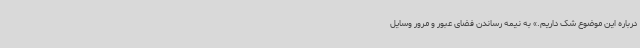
درباره این موضوع شک داریم.» به نیمه رساندن فضای عبور و مرور وسایل